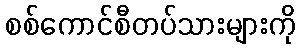
စစ်ကောင်စီတပ်သားများကို